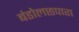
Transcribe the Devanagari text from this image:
बंडोलछपारा